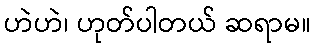
ဟဲဟဲ၊ ဟုတ်ပါတယ် ဆရာမ။